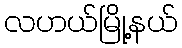
လဟယ်မြို့နယ်